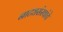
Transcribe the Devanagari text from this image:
नाट्यसंस्थांचे